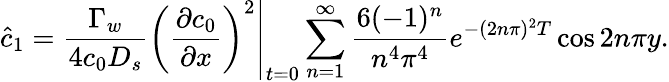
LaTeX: \hat{c}_{1}=\left.\frac{\Gamma_{w}}{4c_{0}D_{s}}\left(\frac{\partial c_{0}}{\partial x}\right)^{2}\right|_{t=0}\sum_{n=1}^{\infty}\frac{6(-1)^{n}}{n^{4}\pi^{4}}e^{-(2n\pi)^{2}T}\cos 2n\pi y.